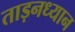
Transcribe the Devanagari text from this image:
ताड़नध्यान